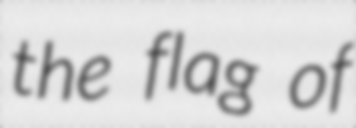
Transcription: the flag of